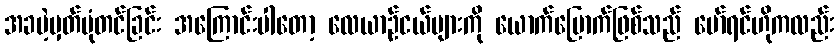
အခမဲ့မှတ်ပုံတင်ခြင်း အကြောင်းပါတော့ လေယာဉ်ငယ်များကို ယောက်မြောက်ဖြစ်သည် မော်ရင်ဟိုကလည်း